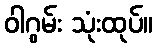
ဝါဂွမ်း သုံးထုပ်။